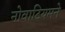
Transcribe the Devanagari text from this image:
नोवाटियमने